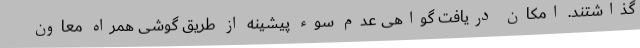
گذاشتند. امکان دریافت گواهی عدم سوء پیشینه از طریق گوشی همراه معاون